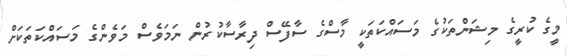
މީގެ ކުރީގެ މިޝަންތަކުގެ މަސައްކަތަކީ މާސްގެ ސާފޭސް ދިރާސާކުރުން ނަމަވެސް މަވެންގެ މަސައްކަތަކަށް